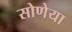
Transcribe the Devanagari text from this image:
सोणेया